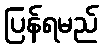
ပြန်ရမည်